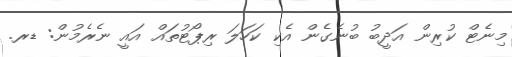
މިނެޓް ކުރިން އަދީބު ބުނެގެން އެކި ކަހަލަ ރިޕޯޓުތައް އައީ ނެރެމުން: ޑރ.